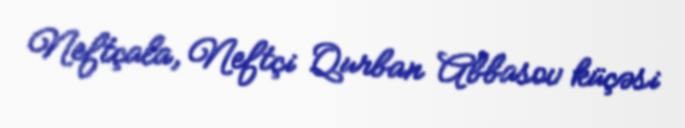
Neftçala, Neftçi Qurban Abbasov küçəsi